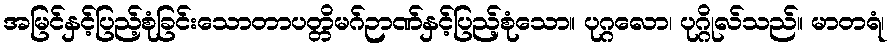
အမြင်နှင့်ပြည့်စုံခြင်းသောတာပတ္တိမဂ်ဉာဏ်နှင့်ပြည့်စုံသော။ ပုဂ္ဂလော၊ ပုဂ္ဂိုလ်သည်။ မာတရံ၊